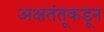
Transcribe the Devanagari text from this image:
अक्षतंतूकडून